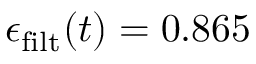
\epsilon _ { \mathrm { f i l t } } ( t ) = 0 . 8 6 5